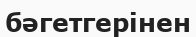
бәгетгерінен